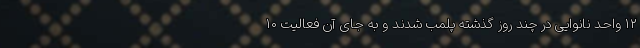
۱۲ واحد نانوایی در چند روز گذشته پلمب شدند و به جای آن فعالیت ۱۰